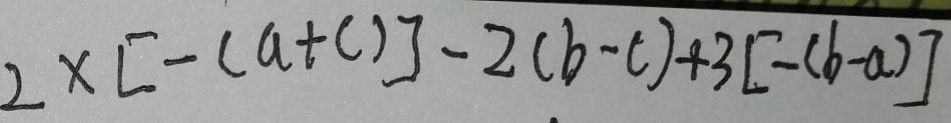
2 \times [ - ( a + c ) ] - 2 ( b - c ) + 3 [ - ( b - a ) ]